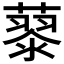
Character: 𮑹